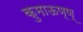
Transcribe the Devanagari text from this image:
कुमाऊण्ण्